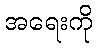
အရေးကို